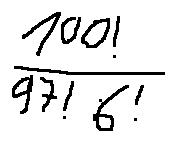
\frac { 1 0 0 ! } { 9 7 ! \cdot 6 ! }